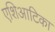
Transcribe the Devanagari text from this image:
एशिआटिका